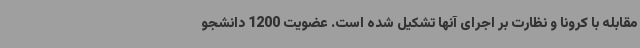
مقابله با کرونا و نظارت بر اجرای آنها تشکیل شده است. عضویت 1200 دانشجو